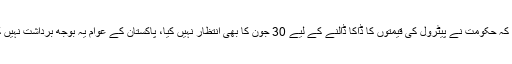
انہوں نے کہا کہ حکومت نے پیٹرول کی قیمتوں کا ڈاکا ڈالنے کے لیے 30 جون کا بھی انتظار نہیں کیا، پاکستان کے عوام یہ بوجھ برداشت نہیں کرسکے گے۔